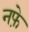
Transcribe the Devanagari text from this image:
नफे़